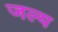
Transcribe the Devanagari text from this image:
जल्य